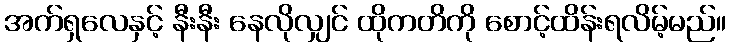
အက်ရှလေနှင့် နီးနီး နေလိုလျှင် ထိုကတိကို စောင့်ထိန်းရလိမ့်မည်။